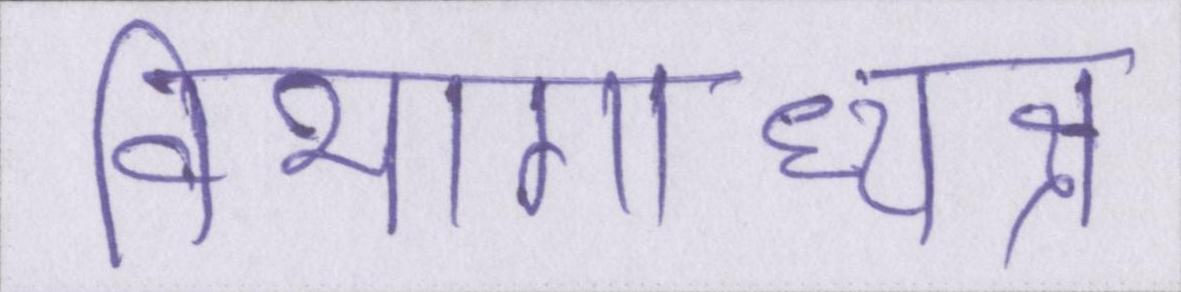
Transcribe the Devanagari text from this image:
विभागाध्यक्ष